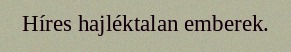
Híres hajléktalan emberek.